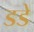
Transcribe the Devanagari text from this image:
डडे